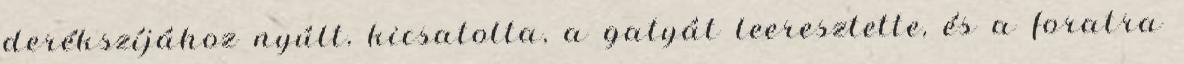
derékszíjához nyúlt, kicsatolta, a gatyát leeresztette, és a foratra